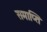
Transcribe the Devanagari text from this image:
समाप्‍ति